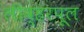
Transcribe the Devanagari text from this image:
लीव्हरपूल